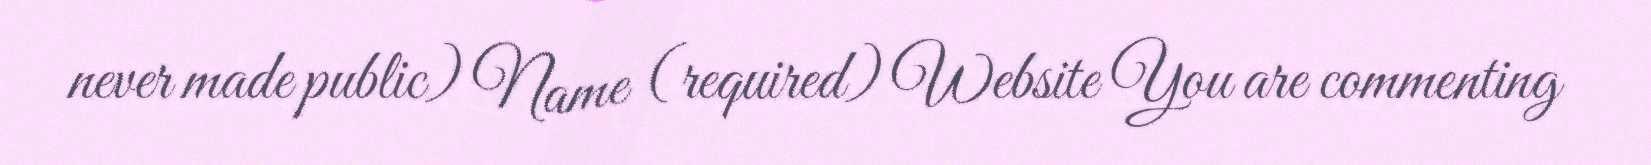
never made public) Name (required) Website You are commenting